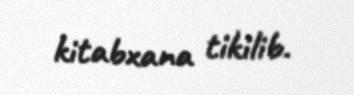
kitabxana tikilib.